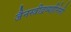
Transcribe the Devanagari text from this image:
जैनस्त्रीद्रव्यहीनेसी